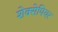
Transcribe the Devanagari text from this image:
शेक्सेपियर